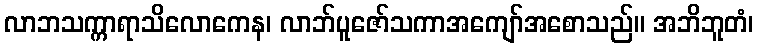
လာဘသက္ကာရာသိလောကေန၊ လာဘ်ပူဇော်သကာအကျော်အစောသည်။ အဘိဘူတံ၊